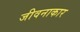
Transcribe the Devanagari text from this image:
जीवनाकार